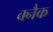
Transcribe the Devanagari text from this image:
क्नैक